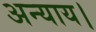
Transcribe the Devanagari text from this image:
अन्याय।